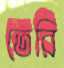
তেরি